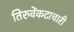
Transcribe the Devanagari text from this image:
तिरुवेंकटाचारी